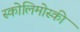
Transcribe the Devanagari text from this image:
स्कोलिमोस्की